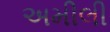
અમીલી